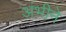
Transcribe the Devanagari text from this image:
अंभीने